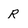
Character: R